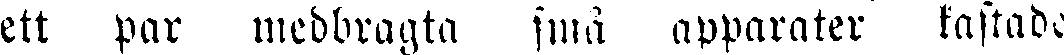
ett par medbragta små apparater kastade